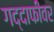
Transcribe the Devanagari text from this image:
गद्दाफीवर